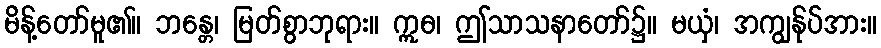
မိန့်တော်မူ၏။ ဘန္တေ၊ မြတ်စွာဘုရား။ ဣဓ၊ ဤသာသနာတော်၌။ မယှံ၊ အကျွန်ုပ်အား။